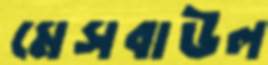
মেসবাউল